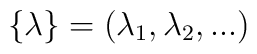
\{ \lambda \} = (\lambda_1, \lambda_2, ...)